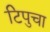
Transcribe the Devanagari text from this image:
टिपुचा